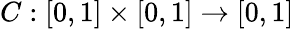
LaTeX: C:[0,1]\times[0,1]\rightarrow[0,1]